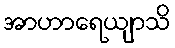
အာဟာရေယျာသိ